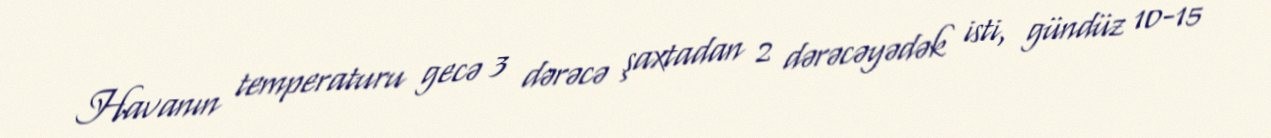
Havanın temperaturu gecə 3 dərəcə şaxtadan 2 dərəcəyədək isti, gündüz 10-15